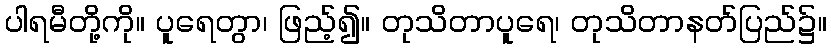
ပါရမီတို့ကို။ ပူရေတွာ၊ ဖြည့်၍။ တုသိတာပူရေ၊ တုသိတာနတ်ပြည်၌။